Scottish Certificate of Education, 1963
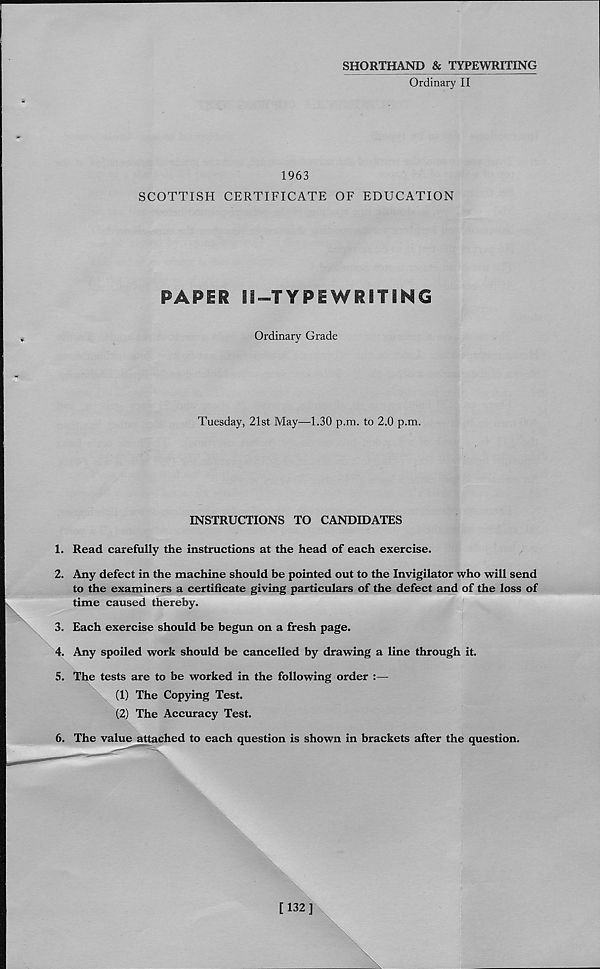
SHORTHAND & TYPEWRITING
Ordinary II
1963
SCOTTISH CERTIFICATE OF EDUCATION
PAPER II—TYPE WRITING
Ordinary Grade
Tuesday, 21st May—1.30 p.m. to 2.0 p.m.
INSTRUCTIONS TO CANDIDATES
1. Read carefully the instructions at the head of each exercise.
2. Any defect in the machine should be pointed out to the Invigilator who will send
to the examiners a certificate giving particulars of the defect and of the loss of
time caused thereby.
3. Each exercise should be begun on a fresh page.
4. Any spoiled work should be cancelled by drawing a line through it.
5. The tests are to be worked in the following order :—
(1) The Copying Test.
(2) The Accuracy Test.
6. The value attached to each question is shown in brackets after the question.